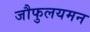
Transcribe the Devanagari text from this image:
जौफुलयमन